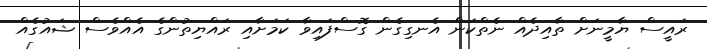
ރައީސް ޔާމީނަށް ތާއިދެއް ނެތްކަން އެނގިގެން ގޮސްފައިވާ ކަމަށާއި ރައްޔިތުންގެ އެއްވެސް ޝައުގެއް